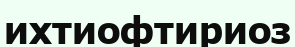
ихтиофтириоз